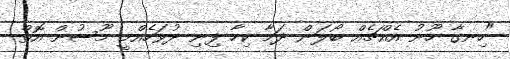
"ހިނގާ ހޫނު އެއްޗެއް ބޯލަން ދަމާ ކިހާ ފިނި ދުވަހެއްމީ މޫސުން އޮތް